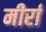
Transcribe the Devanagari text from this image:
मीर्रा